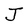
Character: J